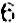
6